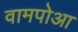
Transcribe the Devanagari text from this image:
वामपोआ